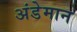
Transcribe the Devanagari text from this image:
अंडेमान